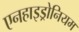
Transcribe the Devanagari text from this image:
एनहाइड्रोनियम